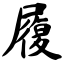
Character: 履